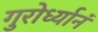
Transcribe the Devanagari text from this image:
गुरोर्ध्यानं